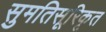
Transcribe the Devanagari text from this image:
सुमतिसूरिकृत